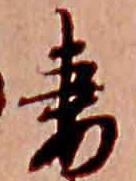
妻